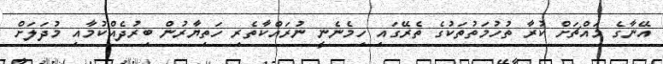
އޭނާގެ މައްޗަށް ކުރާ ތުހުމަތުތަކުގެ ތެރޭގައި ހިމެނެނީ ނުރައްކާތެރި ހަތިޔާރުން ބިރުދެއްކުމާއި މުދަލަށް